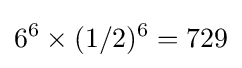
6^{6}\times (1/2)^{6}=729